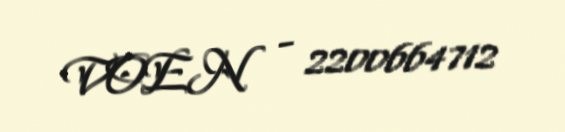
VOEN - 2200664712